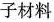
子材料